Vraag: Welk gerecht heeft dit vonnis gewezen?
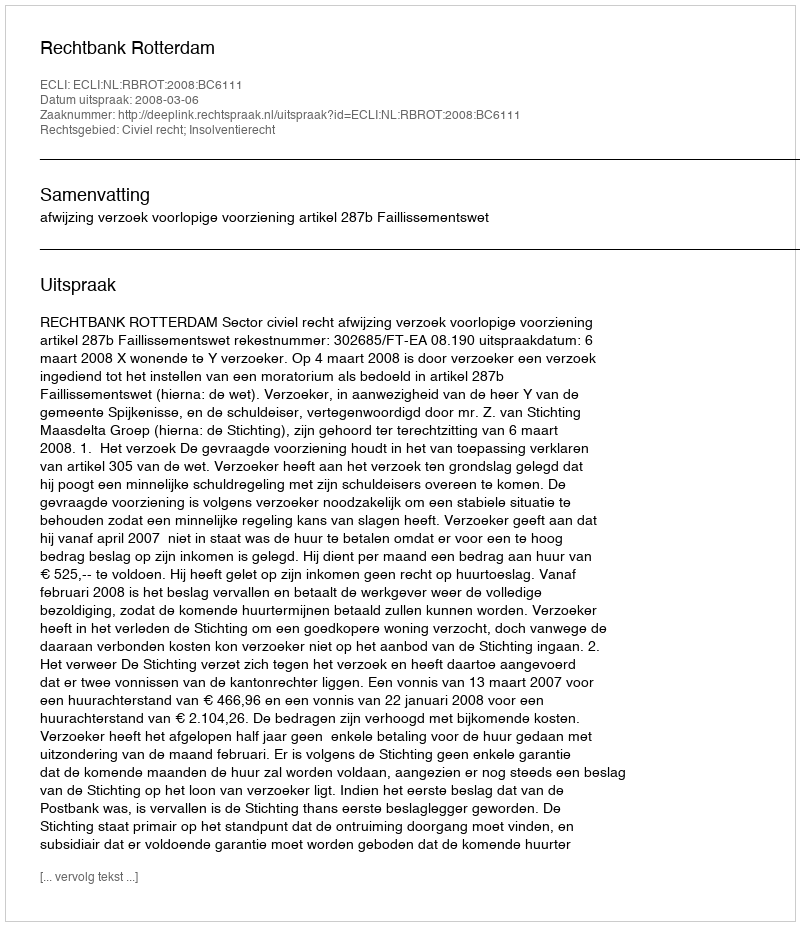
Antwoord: Rechtbank Rotterdam